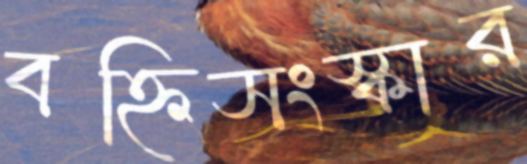
বহ্নিসংস্কার